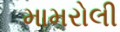
મામરોલી